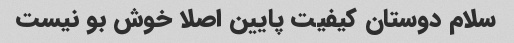
سلام دوستان کیفیت پایین اصلا خوش بو نیست